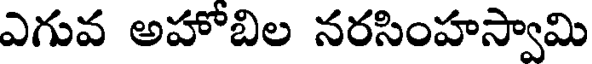
ఎగువ అహోబిల నరసింహస్వామి